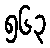
၅၆၃